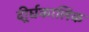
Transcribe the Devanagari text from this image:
दीर्र्घकालिक